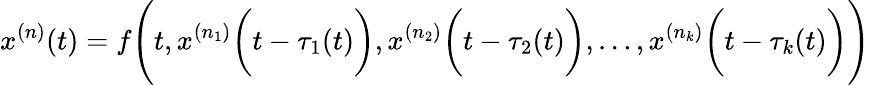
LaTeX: x^{(n)}(t)=f{\Biggl(}t,x^{(n_{1})}{\biggl(}t-\tau_{1}(t){\biggr)},x^{(n_{2})}{\biggl(}t-\tau_{2}(t){\biggr)},\ldots,x^{(n_{k})}{\biggl(}t-\tau_{k}(t){\biggr)}{\Biggr)}